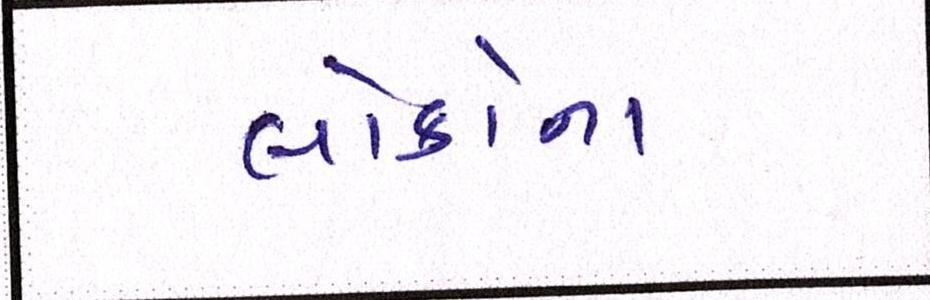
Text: લોકોના